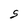
Character: S